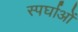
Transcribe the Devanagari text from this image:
स्पर्घाओं